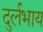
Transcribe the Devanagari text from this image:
दुर्लभाय